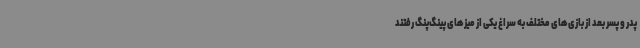
پدر و پسر بعد از بازی‌های مختلف به سراغ یکی از میزهای پینگ‌پنگ رفتند